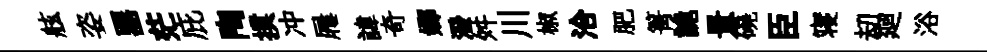
舷姿器茫庇陶撲冲屨諱奇嫏潑舛川椒洽肥箐詭景磽臣寝刧廻浴